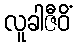
လူခါဇီဝိံ